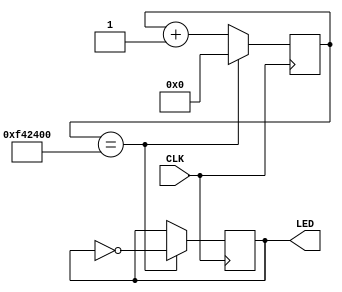
module top (
    input CLK,
    output LED,
);

    reg [23:0] count;
    reg led_state;

    always @(posedge CLK) begin
        count <= count + 1;

        if (count == 16000000) begin    //sub-loop running once per second
            count <= 0;

            //run once a second:
            led_state = !led_state;
        end
    end

    assign LED = led_state;
endmodule